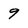
Character: 9